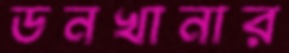
ডনখানার